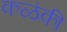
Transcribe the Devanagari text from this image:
कळंकी